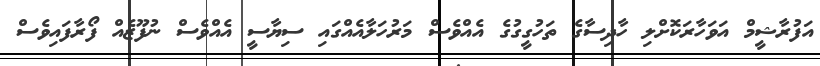
އަފުރާޝީމް އަވަހާރަކޮށްލި ހާދިސާގެ ތަހުގީގުގެ އެއްވެސް މަރުހަލާއެއްގައި ސިޔާސީ އެއްވެސް ނުފޫޒެއް ފޯރާފައިވެސް